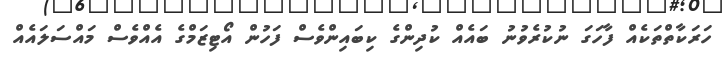
ހަރަކާތްތަކެއް ފާހަގަ ނުކުރެވުނު ބައެއް ކުދިންގެ ކިބައިންވެސް ފަހުން އޯޓިޒަމްގެ އެއްވެސް މައްސަލައެއް